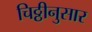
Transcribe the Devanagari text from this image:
चिठ्ठीनुसार